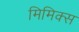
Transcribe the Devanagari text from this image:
मिमिक्स